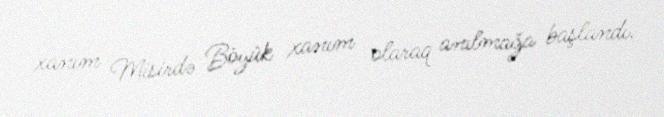
xanım Misirdə Böyük xanım olaraq anılmağa başlandı.